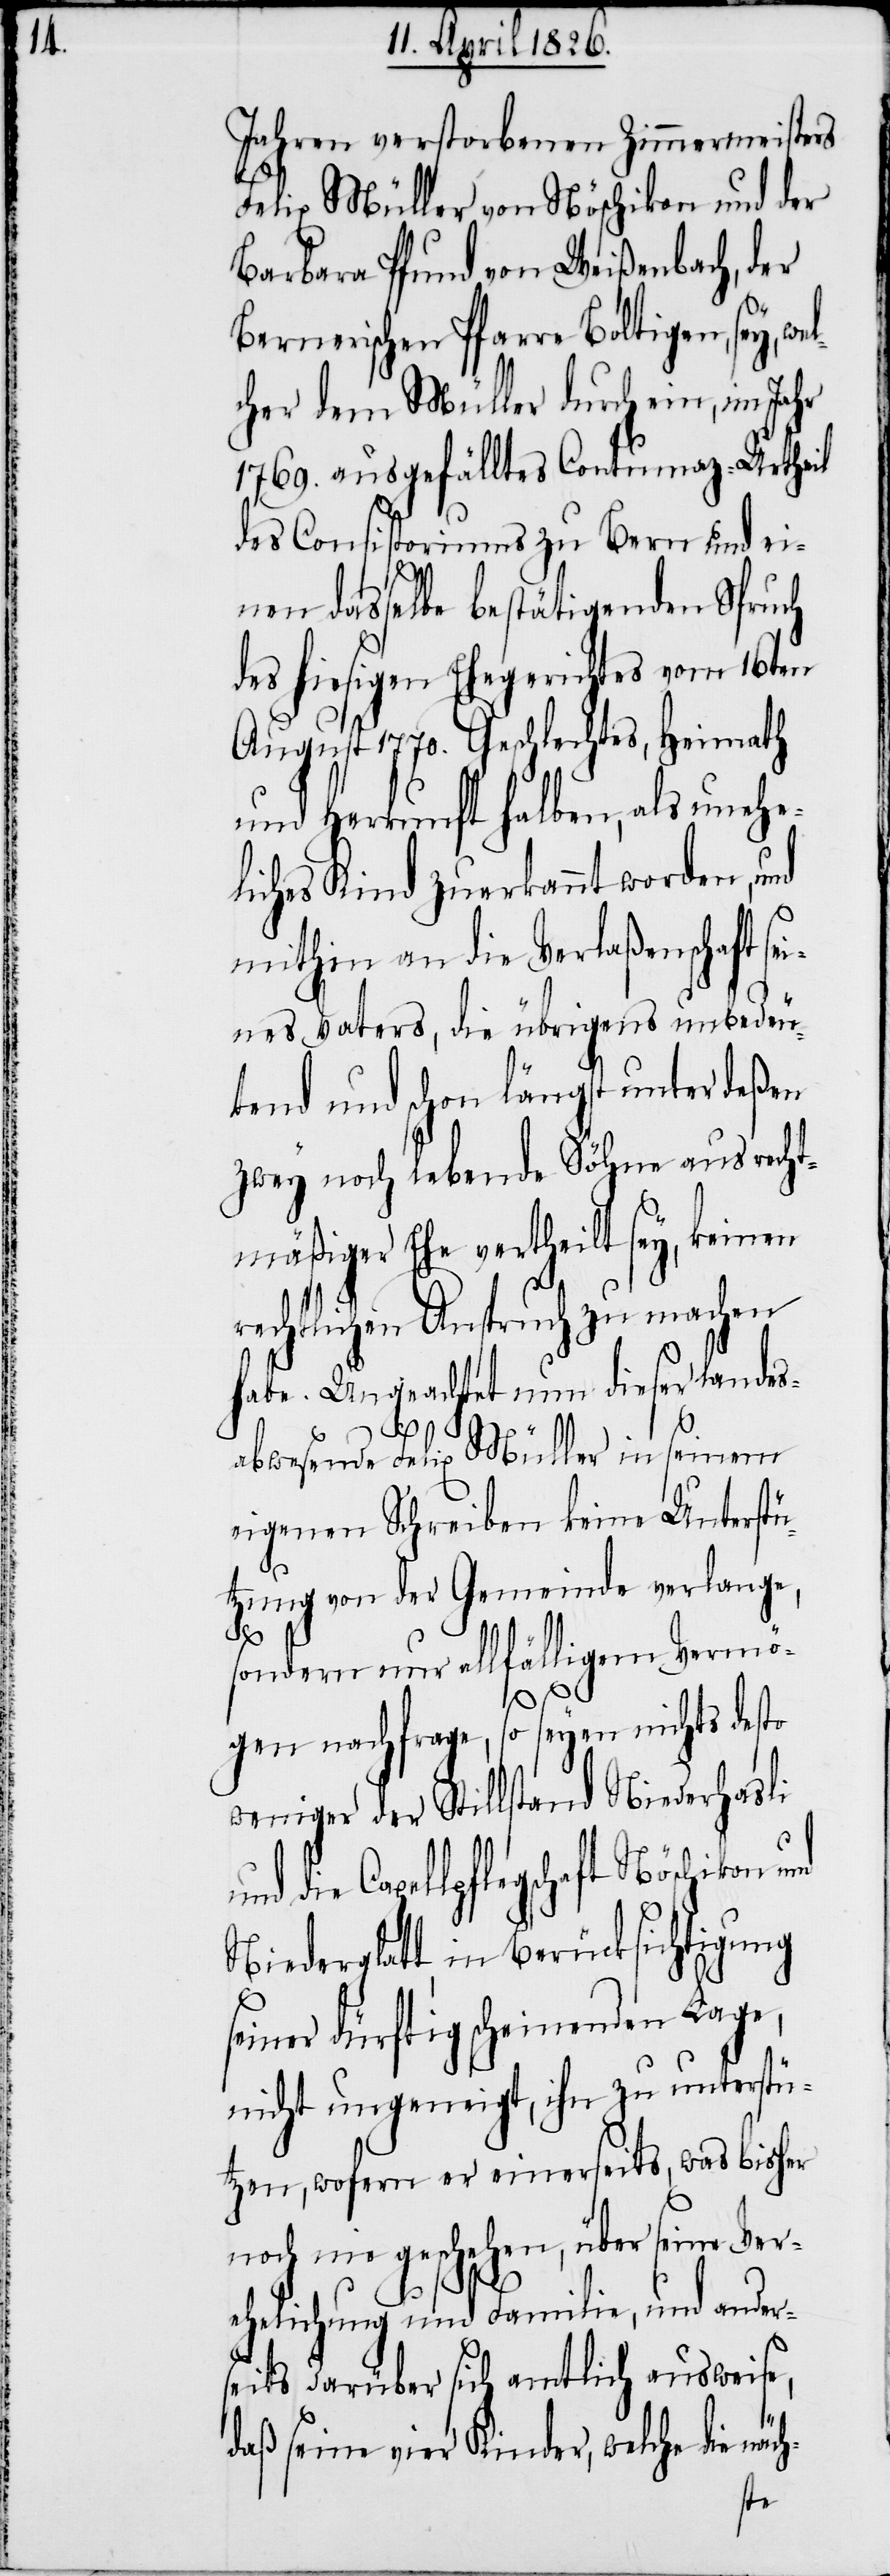
Jahren verstorbenen Zimmermeisters
Felix Müller von Nöschikon und der
Barbara Pfund von Weißenbach, der
Bernerischen Pfarre Boltigen, sey, we¬
cher dem Müller durch ein, im Jahr
1769. ausgefälltes Contumaz-Urtheil
des Consistoriums zu Bern und ei¬
nen dasselbe bestätigenden Spruch
des hiesigen Ehegerichtes vom 16ten
August 1770. Geschlechtes, Heimath
und Herkunft halben, als unehe¬
liches Kind zuerkannt worden, und
mithin an die Verlaßenschaft se¬
ines Vaters, die übrigens unbedeu¬
tend und schon längst unter deßen
zwey noch lebende Söhne aus recht¬
mäßiger Ehe ertheilt sey, keinen
rechtlichen Anspruch zu machen
habe. Ungeachtet nun dieser landes¬
l¬
abwesende Felix Müller in seinem
eigenen Schreiben keine Unterstü¬
tzung von der Gemeinde verlange,
Ver¬
sondern nur allfälligem Vermö¬
gen nachfrage, so seyen nichts desto
weniger der Stillstand Niederhasli
Capellpflegschaft Nöschikon
Niederglatt in Berücksichtigung
seiner dürftig scheinenden Lage,
nicht ungeneigt, ihn zu unterstü¬
tzen, wofern er einerseits, was bisher
noch nie geschehen, über seiner
ehelichung und Familie, und ander¬
seits darüber sich amtlich ausweise,
daß seine vier Kinder, welche die